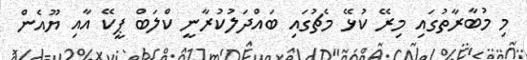
މި މުބާރާތުގައި މިރޭ ކުޅޭ މެޗުގައި ބައްދަލުކުރާނީ ކްލަބް ޕީކޭ އާއި ޔޫއެން